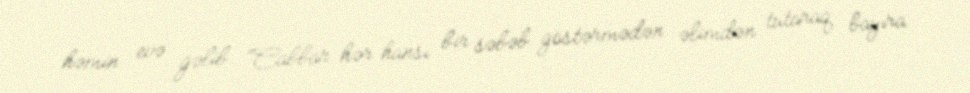
həmin evə gəlib: “Cabbar hər hansı bir səbəb göstərmədən əlimdən tutaraq bayıra